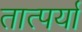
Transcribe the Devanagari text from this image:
तात्पर्या